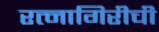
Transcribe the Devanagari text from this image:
रत्‍नागिरीची